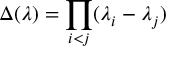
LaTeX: \Delta ( \lambda ) = \prod _ { i < j } ( \lambda _ { i } - \lambda _ { j } )